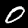
Digit: 0